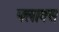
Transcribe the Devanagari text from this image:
फ्लाक्स